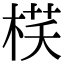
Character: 𣓎